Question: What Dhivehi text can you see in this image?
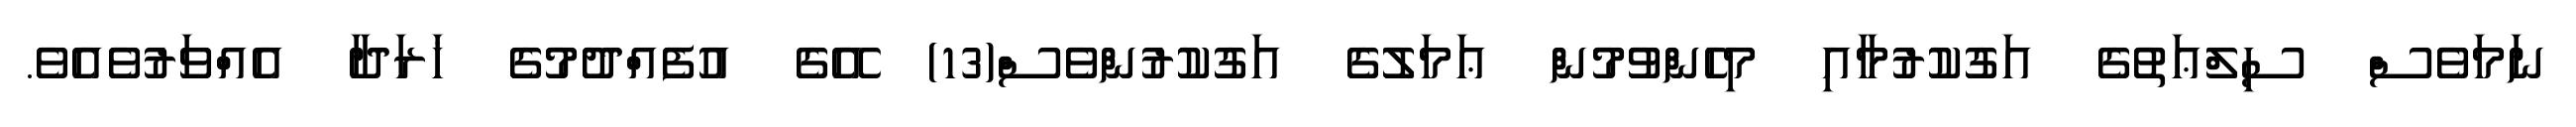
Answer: ނަމަވެސް ސިލްޢަތުގެ އަގުކުރުމާއި މިހެންވުމުން ޢަމަލުގެ އަގުކުރުންވެސް(13) އޭގެ އުފެއްދުމުގެ ޚަރަދާ އެއްވަރުވެއެވެ.